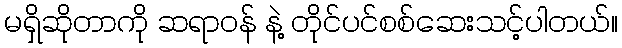
မရှိဆိုတာကို ဆရာဝန် နဲ့ တိုင်ပင်စစ်ဆေးသင့်ပါတယ်။